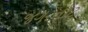
જગરનૉટ